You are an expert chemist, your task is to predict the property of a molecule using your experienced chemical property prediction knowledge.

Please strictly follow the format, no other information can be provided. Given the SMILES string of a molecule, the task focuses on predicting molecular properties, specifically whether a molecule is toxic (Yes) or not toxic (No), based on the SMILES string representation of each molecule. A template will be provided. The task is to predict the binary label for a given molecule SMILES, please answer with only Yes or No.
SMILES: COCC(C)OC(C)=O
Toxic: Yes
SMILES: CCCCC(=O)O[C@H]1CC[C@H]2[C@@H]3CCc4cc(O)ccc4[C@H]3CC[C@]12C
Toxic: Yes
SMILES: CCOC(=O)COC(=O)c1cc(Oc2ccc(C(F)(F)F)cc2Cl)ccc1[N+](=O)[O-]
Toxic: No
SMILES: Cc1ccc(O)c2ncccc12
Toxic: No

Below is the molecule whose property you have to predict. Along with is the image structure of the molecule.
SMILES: Oc1ccc(Cl)cc1Cc1cc(Cl)ccc1O
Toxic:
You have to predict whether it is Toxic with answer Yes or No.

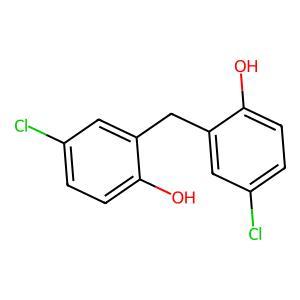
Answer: No